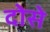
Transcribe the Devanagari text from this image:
दोसे